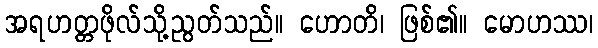
အရဟတ္တဖိုလ်သို့ညွတ်သည်။ ဟောတိ၊ ဖြစ်၏။ မောဟဿ၊